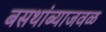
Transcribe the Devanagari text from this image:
बसथांब्याजवळ